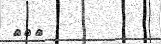
١٧٩